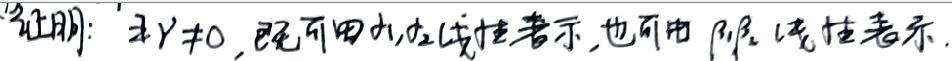
证明：$\exists Y\neq 0$，既可用$\alpha _{1},\alpha _{2}$线性表示，也可用$\beta _{1},\beta _{2}$线性表示.